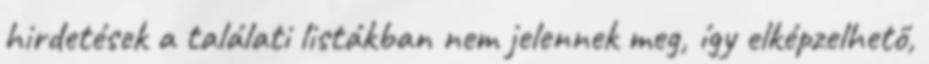
hirdetések a találati listákban nem jelennek meg, így elképzelhető,